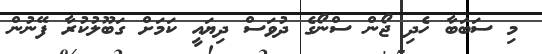
މި ސަބަބާ ހެދި ޖޯން ސްނޯގެ ދުވަސް ދިޔައީ ކަމަށް ގަބޫލުކުރާ ފޭނުން